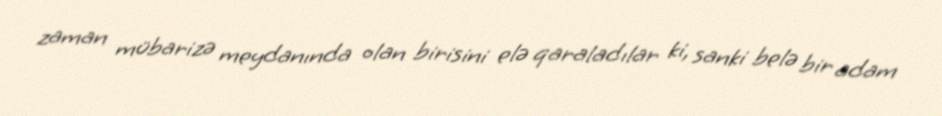
zaman mübarizə meydanında olan birisini elə qaraladılar ki, sanki belə bir adam